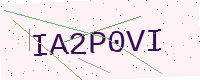
Text: IA2P0VI